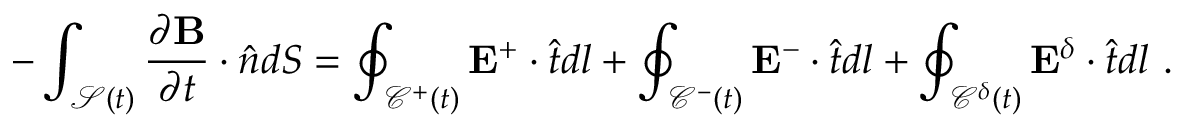
- \int _ { \mathcal { S } ( t ) } \frac { \partial \mathbf { B } } { \partial t } \cdot \hat { \boldsymbol { n } } d S = \oint _ { \mathcal { C } ^ { + } ( t ) } \mathbf { E } ^ { + } \cdot \hat { \boldsymbol { t } } d l + \oint _ { \mathcal { C } ^ { - } ( t ) } \mathbf { E } ^ { - } \cdot \hat { \boldsymbol { t } } d l + \oint _ { \mathcal { C } ^ { \delta } ( t ) } \mathbf { E } ^ { \delta } \cdot \hat { \boldsymbol { t } } d l ~ .